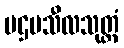
ပဌမသီလသုတ္တံ